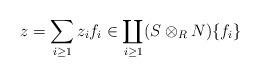
LaTeX: \begin{align*} z &= \sum_{i\geq 1} z_i f_i \in \coprod_{i\geq 1} (S\otimes_R N)\{f_i\}\end{align*}